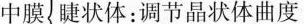
中膜 睫状体：调节晶状体曲度